Annual administration report of the Civil Veterinary Department of India - 1894-1895
Year: 1894
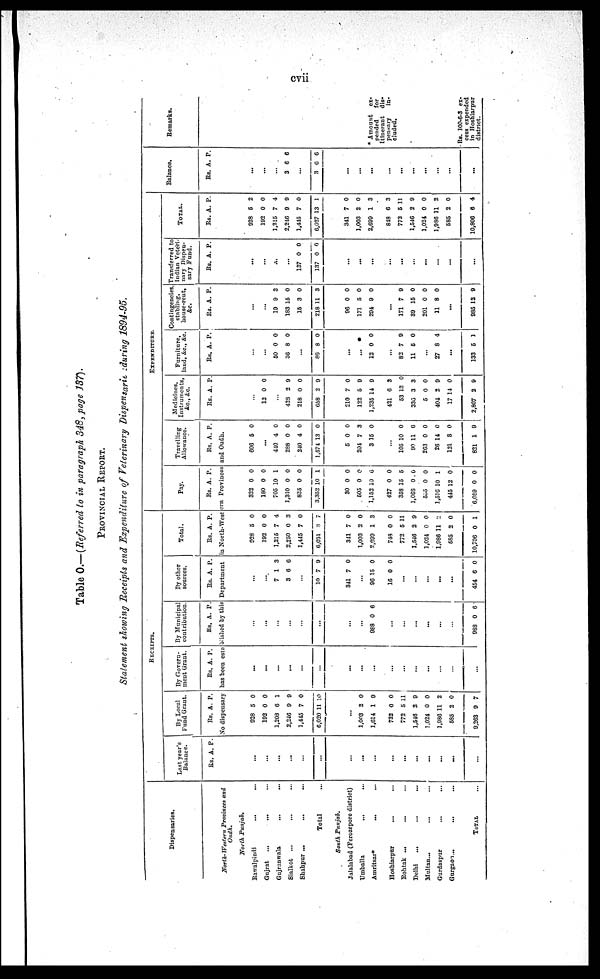
cvii
Table O.—(Referred to in paragraph 348, page 137).
PROVINCIAL REPORT.
Statement showing Receipts and Expenditure of Veterinary Dispensarie during 1894-95,
Dispensaries.
North-Western Provinces and
Oudh.
North
Punjab.
Rawalpindi ... ...
Gujrat ... ... ...
Gujranwala
... ...
Sialkot ... ... ...
Shahpur ... ... ...
Total ...
South
Punjab.
Jalalabad (Ferozepore district)
Umballa
...
...
Amritsar*
...
...
Hoshiarpur
... ...
Rohtak ... ... ...
Delhi ... ... ...
Multan ... ... ...
Gurdaspur
...
...
Gurgaoa ... ...
TOTAL ...
RECEIPTS.
Last year's
Balance.
Rs. A. P.
...
...
...
...
...
...
...
...
...
...
...
...
...
...
...
...
...
By Local
Fund Grant.
Rs. A. P.
By Govern-
ment Grant.
Rs. A. P.
By Municipal
contribution.
Rs. A. P.
By other
sources.
Rs. A. P.
Total.
Rs. A. P.
EXPENDITURE.
Pay.
Rs. A. P.
Travelling
Allowance.
Rs. A. P.
No dispensary has been established by this Department in North-Western Provinces and Oudh.
928
192
1,203
2,246
1,445
6,020
5
0
6
9
7
11
0
0
1
9
0
10
...
...
1,003
1,614
732
772
1,546
1,024
1,986
585
9,263
2
1
0
5
2
0
11
2
9
0
9
0
11
9
0
2
0
7
...
...
...
...
...
...
...
...
...
...
...
...
...
...
...
...
...
...
...
...
...
...
...
...
...
...
988 0 6
...
...
...
...
...
...
988 0 6
...
...
7
3
1
6
3
6
...
10 7 9
...
341 7 0
...
96
16
15
0
0
0
...
...
...
...
...
454 6 0
928
192
1,215
2,250
1,445
6,031
5
0
7
0
7
3
0
0
4
3
0
7
...
341
1,003
2,699
748
772
1,546
1,024
1,986
585
10,706
7
2
1
0
5
2
0
11
2
0
0
0
3
0
11
9
0
2
0
1
322
180
705
1,310
835
3,352
0
0
10
0
0
10
0
0
1
0
0
1
...
30
505
1,152
427
358
1,068
555
1,516
445
6,059
0
0
10
0
15
0
0
10
12
0
0
0
6
0
5
0
0
1
0
0
606 5 0
...
440
288
240
1,574
4
0
4
13
0
0
0
0
...
5
204
3
0
7
15
0
3
0
...
105
90
263
26
121
821
10
11
0
14
8
1
0
6
0
0
0
9
Medicines,
Instruments,
&c., &c.
Rs. A. P.
...
12 0 0
...
428
218
658
2
0
2
9
0
9
...
210
122
1,235
421
53
336
5
404
17
2,807
7
5
14
6
13
3
0
2
14
2
0
9
9
3
0
3
0
9
0
9
Furniture,
land, &c., &c.
Rs. A. P.
...
...
50
36
0
8
0
0
...
86 8 0
...
...
...
12 0 0
...
82
11
7
5
9
0
...
27 8 4
...
133 5 1
Contingencies,
stabling,
house-rent,
&c.
Rs. A. P.
...
...
19
183
15
218
9
15
3
11
3
0
0
3
...
96
171
294
0
5
9
0
0
0
...
171
39
201
11
7
15
0
8
9
0
0
0
...
985 12 9
Transfer to
Indian Veteri-
nary Dispen¬
sary Fund.
Rs. A. P.
...
...
...
137
137
0
0
0
0
...
...
...
...
...
...
...
...
...
...
TOTAL.
Rs. A. P.
928
192
1,215
2,246
1,445
6,027
5
0
7
9
7
13
2
0
4
9
0
1
...
341
1,003
2,699
848
772
1,546
1,024
1,986
585
10,806
7
2
1
6
5
2
0
11
2
6
0
0
3
3
11
9
0
2
0
4
Balance.
Rs. A. P.
...
...
3 6 6
...
3 6
6
...
...
...
...
...
...
...
...
...
...
...
Remarks.
* Amount
ex-
pended
for
Itinerant
dis-
pensary
in-
cluded.
Rs. 100-6-3 ex¬
cess expended
in Hoshiarpur
district.